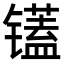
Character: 𫠁